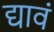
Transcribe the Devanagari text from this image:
द्यावं